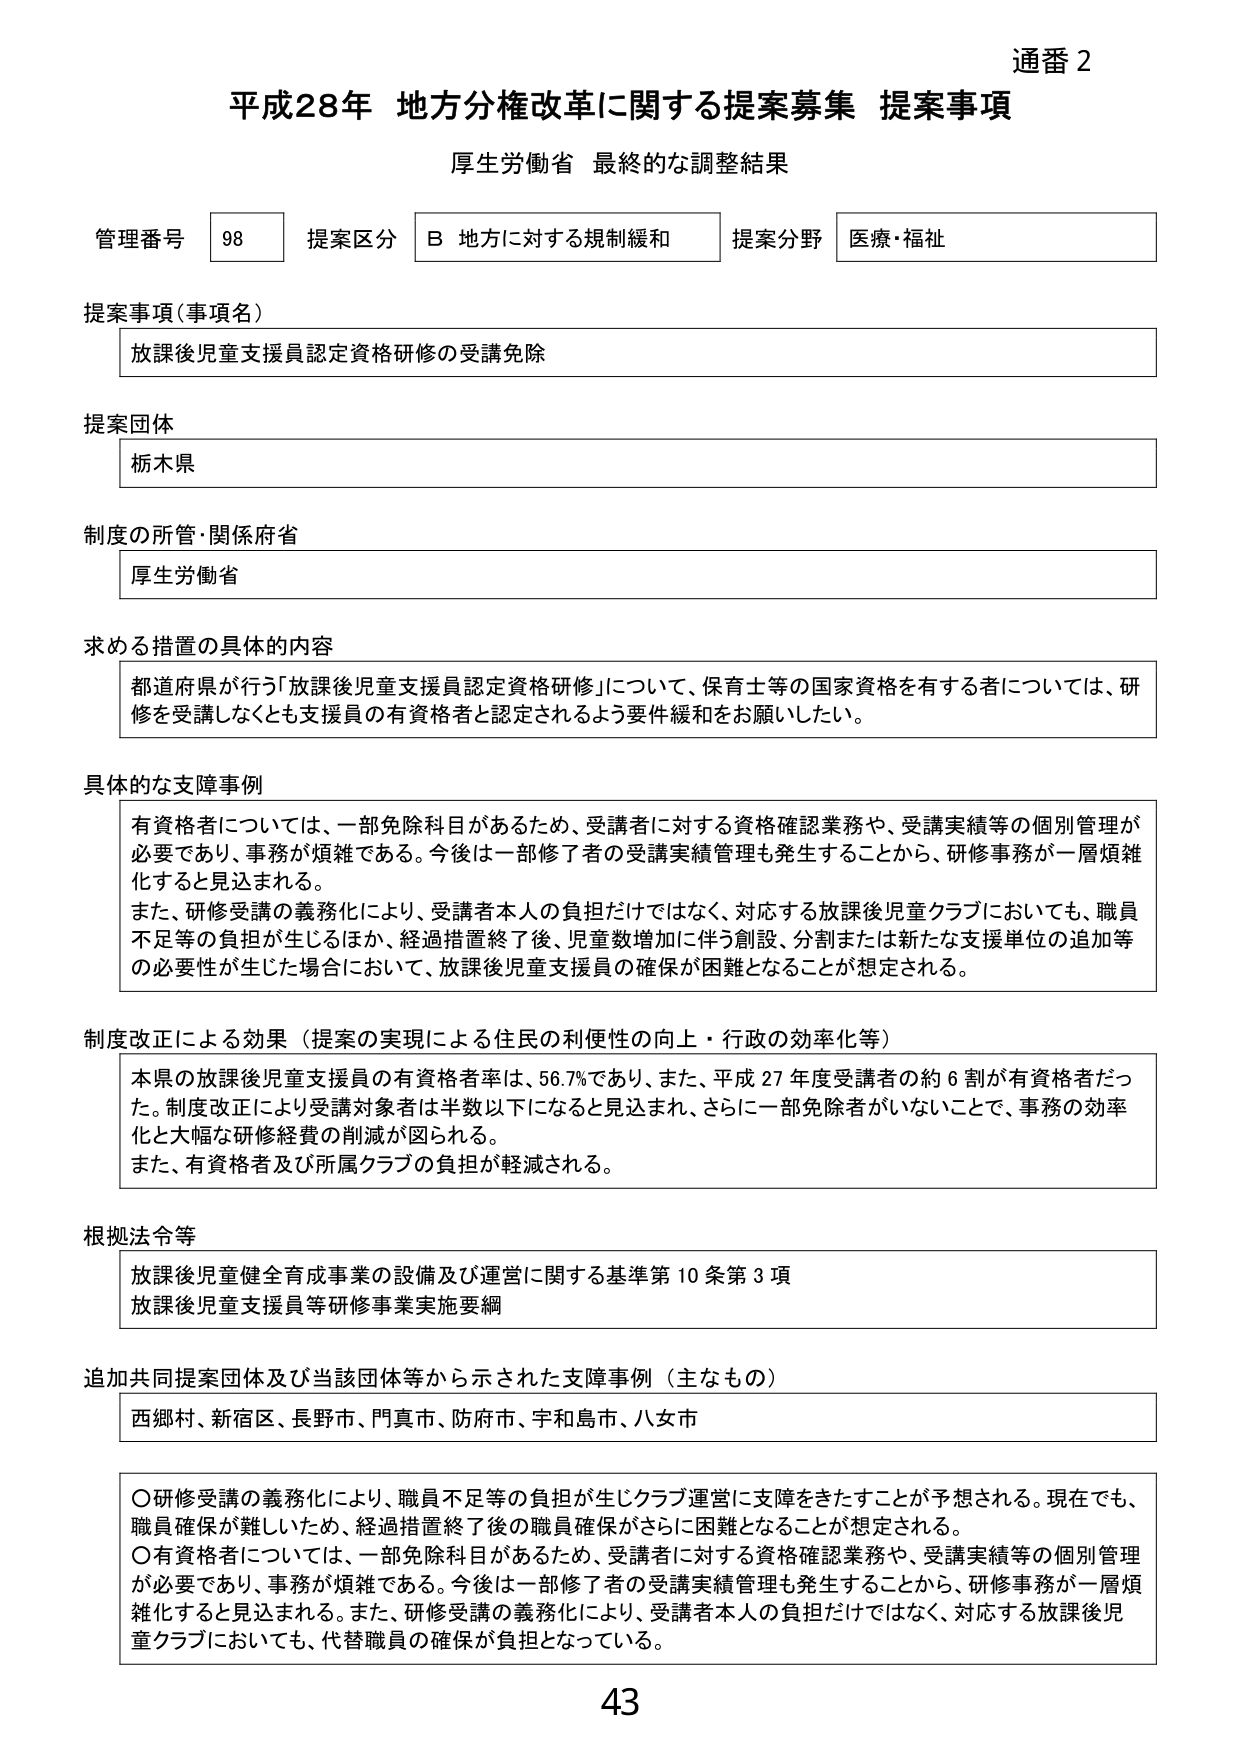
通番 2
平成28年 地方分権改革に関する提案募集 提案事項
厚生労働省 最終的な調整結果

管理番号 98 提案区分 B 地方に対する規制緩和 提案分野 医療・福祉

提案事項（事項名）
放課後児童支援員認定資格研修の受講免除

提案団体
栃木県

制度の所管・関係府省
厚生労働省

求める措置の具体的内容
都道府県が行う「放課後児童支援員認定資格研修」について、保育士等の国家資格を有する者については、研修を受講しなくても支援員の有資格者と認定されるよう要件緩和をお願いしたい。

具体的な支障事例
有資格者については、一部免除科目があるため、受講者に対する資格確認業務や、受講実績等の個別管理が必要であり、事務が煩雑である。今後は一部修了者の受講実績管理も発生することから、研修事務が一層煩雑化すると見込まれる。
また、研修受講の義務化により、受講者本人の負担だけではなく、対応する放課後児童クラブにおいても、職員不足等の負担が生じるほか、経過措置終了後、児童数増加に伴う創設、分割または新たな支援単位の追加等の必要性が生じた場合において、放課後児童支援員の確保が困難となることが想定される。

制度改正による効果（提案の実現による住民の利便性の向上・行政の効率化等）
本県の放課後児童支援員の有資格者率は、56.7％であり、また、平成27年度受講者の約6割が有資格者だった。制度改正により受講対象者は半数以下になると見込まれ、さらに一部免除者がいないことで、事務の効率化と大幅な研修経費の削減が図られる。
また、有資格者及び所属クラブの負担が軽減される。

根拠法令等
放課後児童健全育成事業の設備及び運営に関する基準第10条第3項
放課後児童支援員等研修事業実施要綱

追加共同提案団体及び当該団体等から示された支障事例（主なもの）
西郷村、新宿区、長野市、門真市、防府市、宇和島市、八女市

○研修受講の義務化により、職員不足等の負担が生じクラブ運営に支障をきたすことが予想される。現在でも、職員確保が難しいため、経過措置終了後の職員確保がさらに困難となることが想定される。
○有資格者については、一部免除科目があるため、受講者に対する資格確認業務や、受講実績等の個別管理が必要であり、事務が煩雑である。今後は一部修了者の受講実績管理も発生することから、研修事務が一層煩雑化すると見込まれる。また、研修受講の義務化により、受講者本人の負担だけではなく、対応する放課後児童クラブにおいても、代替職員の確保が負担となっている。

43